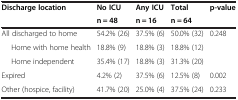
| <ROWSPAN=2> Discharge location | No ICU | Any ICU | Total | <ROWSPAN=2> p-value |
 | n = 48 | n = 16 | n = 64 |
 | --- | --- | --- | --- | --- |
 | All discharged to home | 54.2% (26) | 37.5% (6) | 50.0% (32) | 0.248 |
 | Home with home health | 18.8% (9) | 18.8% (3) | 18.8% (12) |  |
 | Home independent | 35.4% (17) | 18.8% (3) | 31.3% (20) |  |
 | Expired | 4.2% (2) | 37.5% (6) | 12.5% (8) | 0.002 |
 | Other (hospice, facility) | 41.7% (20) | 25.0% (4) | 37.5% (24) | 0.233 |